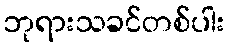
ဘုရားသခင်တစ်ပါး